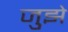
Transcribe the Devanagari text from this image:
जुझे